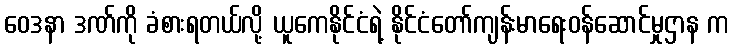
ဝေဒနာ ဒဏ်ကို ခံစားရတယ်လို့ ယူကေနိုင်ငံရဲ့ နိုင်ငံတော်ကျန်းမာရေးဝန်ဆောင်မှုဌာန က